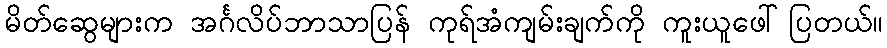
မိတ်ဆွေများက အင်္ဂလိပ်ဘာသာပြန် ကုရ်အံကျမ်းချက်ကို ကူးယူဖေါ်ပြတယ်။